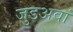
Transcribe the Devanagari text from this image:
जुडअवां